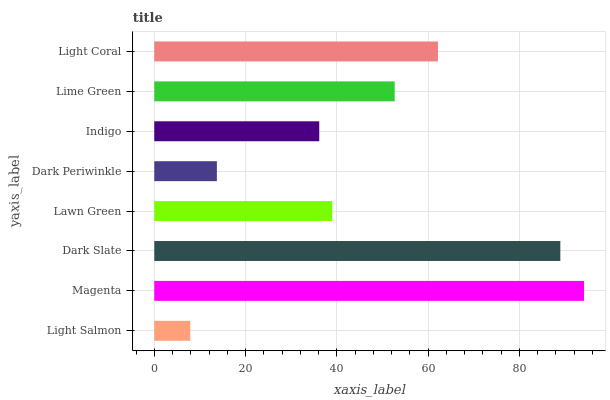
| yaxis_label | bars |
 | --- | --- |
 | Light Salmon | 7.89 |
 | Magenta | 94.2 |
 | Dark Slate | 89 |
 | Lawn Green | 39 |
 | Dark Periwinkle | 13.7 |
 | Indigo | 36.2 |
 | Lime Green | 52.7 |
 | Light Coral | 62.2 |